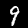
Label: 9